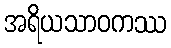
အရိယသာဝကဿ